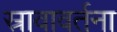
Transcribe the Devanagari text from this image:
स्रावावर्तना